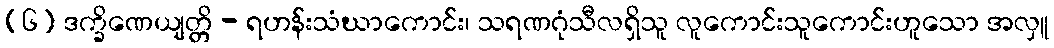
(၆) ဒက္ခိဏေယျတ္တိ - ရဟန်းသံဃာကောင်း၊ သရဏဂုံသီလရှိသူ လူကောင်းသူကောင်းဟူသော အလှူ